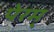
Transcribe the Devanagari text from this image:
पेरम्